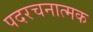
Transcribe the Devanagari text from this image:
पदरचनात्मक